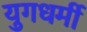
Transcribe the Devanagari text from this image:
युगधर्मी